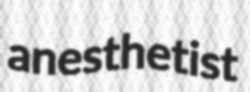
anesthetist